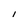
Character: I